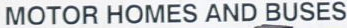
MOTOR HOMES AND BUSES